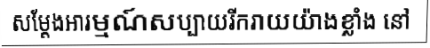
សម្តែងអារម្មណ៍សប្បាយរីករាយយ៉ាងខ្លាំង នៅ